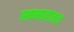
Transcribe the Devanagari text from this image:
स्वभावातच